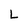
Character: L